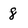
Character: 8